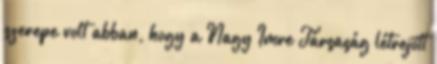
szerepe volt abban, hogy a Nagy Imre Társaság létrejött